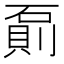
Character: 𰧌